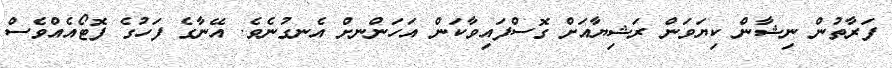
ފަރާތުން ނިޝާން ކިޔަވަން ރަޝިޔާއަށް ގޮސްފައިވާކަން އަހަންނށް އެނގުނެވެ. އޭނާގެ ފަހުގެ ފޮޓޯއެއްވެސް